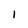
Character: 1